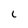
Character: l